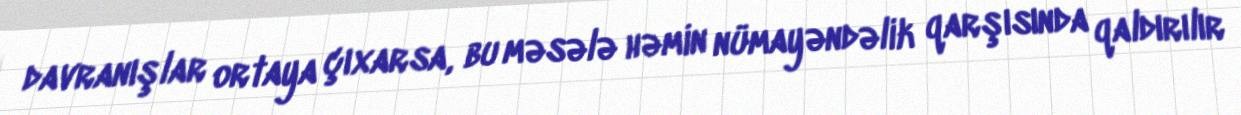
davranışlar ortaya çıxarsa, bu məsələ həmin nümayəndəlik qarşısında qaldırılır